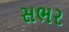
સભર